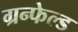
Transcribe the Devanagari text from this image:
ग्रन्फेल्ड